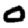
Digit: 0